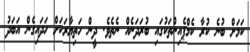
ކަމަށް ބުނެ ކުރާ ކެމްޕެއިންތަކުގައި ބުރަދަނެއް ނެތެވެ. ދީން ހަތިޔާރަކަށް ހަދައިގެން އަބަދު